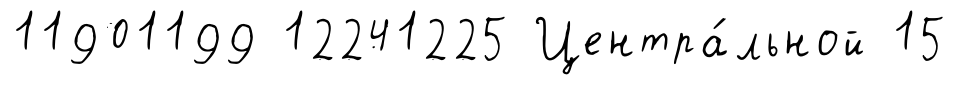
11901199 12241225 Центра́льной 15